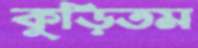
কুড়িতম